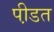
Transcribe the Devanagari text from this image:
पी़डत